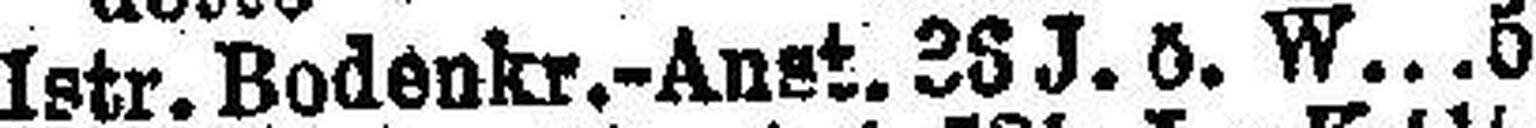
Istr. Bodenkr.-Anst. 38J. ö. W 5